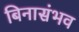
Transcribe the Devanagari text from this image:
बिनासंभव